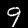
Digit: 9